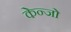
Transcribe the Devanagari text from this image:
केन्जो